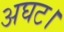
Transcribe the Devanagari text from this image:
अघट।